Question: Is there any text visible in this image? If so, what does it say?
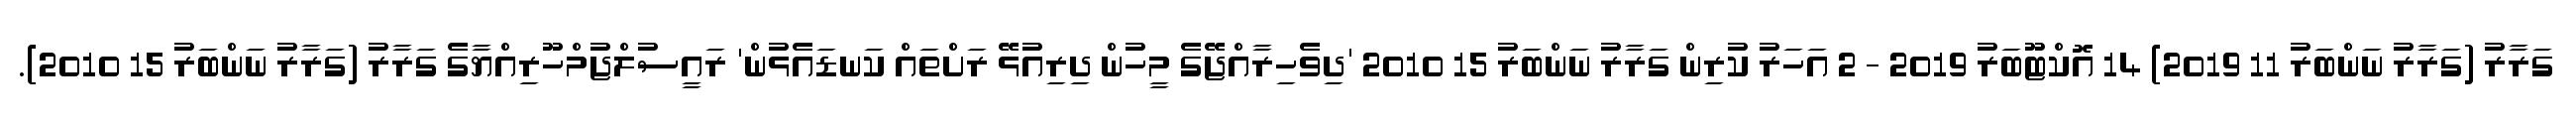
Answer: ގަރާރު (ގަރާރު ނަންބަރު 11 2019) 14 އޮކްޓޫބަރު 2019 - 2 އަހަރު ކުރިން ގަރާރު ނަންބަރު 15 2010 'ދިވެހިރާއްޖޭގެ މީހުން ދިރިއުޅޭ ރަށްތައް ކަނޑައެޅުން' ރައީސުލްޖުމްހޫރިއްޔާގެ ގަރާރު (ގަރާރު ނަންބަރު 15 2010).